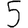
Digit: 5